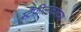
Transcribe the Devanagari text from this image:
स्टैफ़ीलोकॉकस